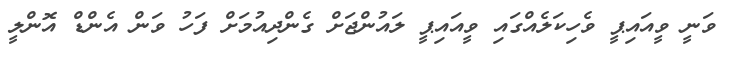
ވަނީ ވީއައިޕީ ވެހިކަލެއްގައި ވީއައިޕީ ލައުންޖަށް ގެންދިއުމަށް ފަހު ވަން އެންޑް އޮންލީ